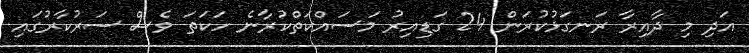
އަދި މި ދާއިރާ ރަނގަޅުކުރަން 24 ގަޑިއިރު މަސައްކަތްކުރާނެ ހަކަތަ ވެސް ސަރުކާރުގައި